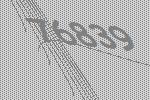
76839